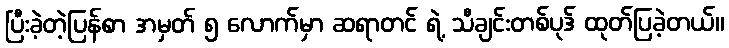
ပြီးခဲ့တဲ့ပြန်စာ အမှတ် ၅ လောက်မှာ ဆရာတင် ရဲ့ သီချင်းတစ်ပုဒ် ထုတ်ပြခဲ့တယ်။